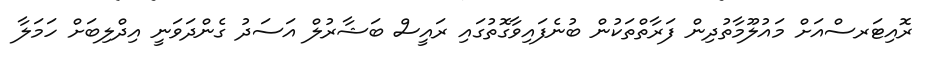
ރޮއިޓަރސްއަށް މައުލޫމާތުދިން ފަރާތްތަކުން ބުނެފައިވާގޮތުގައި ރައީސް ބަޝާރުލް އަސަދު ގެންދަވަނީ އިދްލިބަށް ހަމަލާ